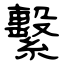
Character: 繫